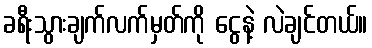
ခရီးသွားချက်လက်မှတ်ကို ငွေနဲ့ လဲချင်တယ်။